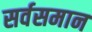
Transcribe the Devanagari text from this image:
सर्वसमान